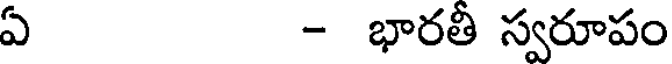
ఏ - భారతీ స్వరూపం